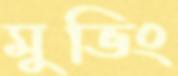
মুভিং